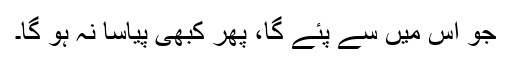
جو اس میں سے پئے گا، پھر کبھی پیاسا نہ ہو گا۔